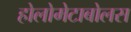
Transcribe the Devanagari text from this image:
होलोमेटाबोलस